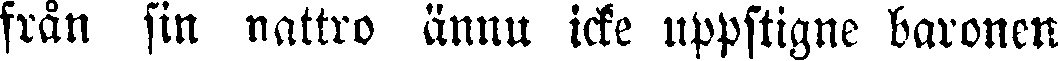
från sin nattro ännu icke uppstigne baronen